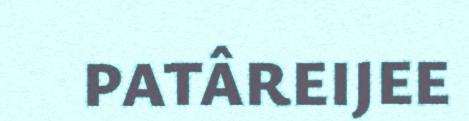
PATÂREIJEE